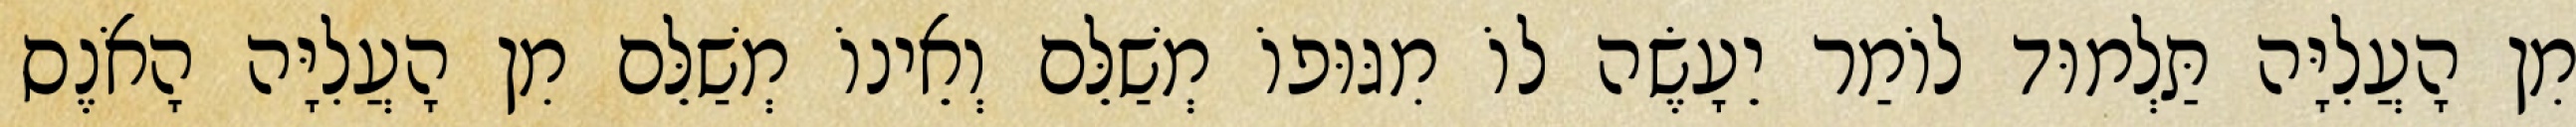
מִן הָעֲלִיָּה תַּלְמוּד לוֹמַר יֵעָשֶׂה לוֹ מִגּוּפוֹ מְשַׁלֵּם וְאֵינוֹ מְשַׁלֵּם מִן הָעֲלִיָּה הָאֹנֶס